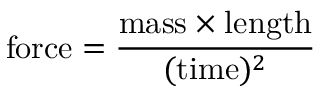
\mathrm { f o r c e } = { \frac { \mathrm { m a s s } \times \mathrm { l e n g t h } } { ( \mathrm { t i m e } ) ^ { 2 } } }